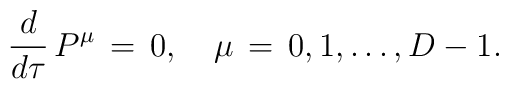
\frac{d}{d \tau}\,P^\mu \,=\,0, \quad \mu \,=\,0,1,\ldots , D-1.